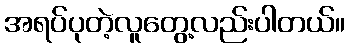
အရပ်ပုတဲ့လူတွေ့လည်းပါတယ်။